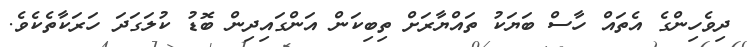
ދިވެހިންގެ އެތައް ހާސް ބަޔަކު ތައްޔާރަށް ތިބިކަން އަންގައިދިން ބޮޑު ކުލަގަދަ ހަރަކާތެކެވެ.